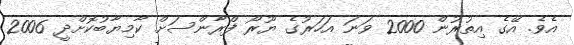
އެވެ. އޭގެ އިތުރުން 2000 ވަނަ އަހަރުގެ ޔޫރޯ ފްރާންސަށް ކާމިޔާބުކޮށްދީ 2006